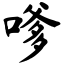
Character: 嗲